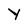
Character: Y